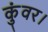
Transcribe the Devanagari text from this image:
कुंवर।